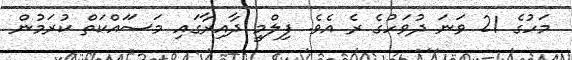
މަހުގެ 21 ވަނަ ދުވަހުގެ ރެ އެވެ. ފިލްމީ ދާއިރާގައި މަސަައްކަތް ކުރަމުން